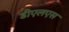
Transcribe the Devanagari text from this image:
डीएलएस